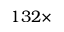
1 3 2 \times